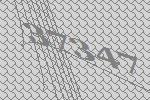
37347